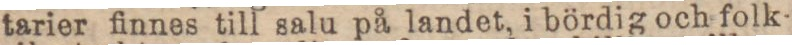
tarier finnes till salu på landet, i bördig och folk-